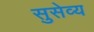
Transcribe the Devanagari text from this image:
सुसेव्य